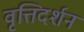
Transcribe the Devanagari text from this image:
वृत्तिदर्शन